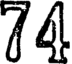
74